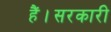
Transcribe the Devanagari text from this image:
हैं।सरकारी